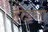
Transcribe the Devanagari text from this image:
होइना